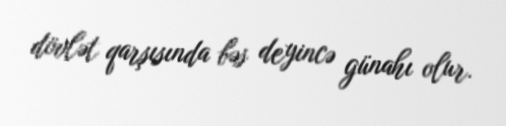
dövlət qarşısında bəs deyincə günahı olur.